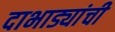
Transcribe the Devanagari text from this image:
दाभाड्यांची